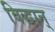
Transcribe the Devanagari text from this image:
विद्धान्‌